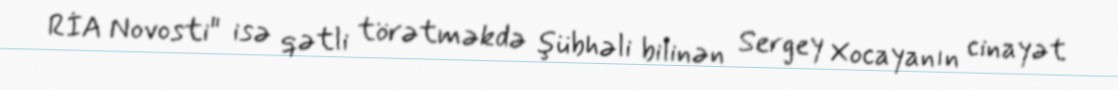
RİA Novosti" isə qətli törətməkdə şübhəli bilinən Sergey Xocayanın cinayət